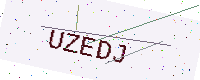
Text: UZEDJ